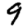
Digit: 9